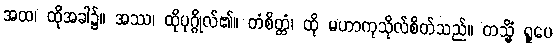
အထ၊ ထိုအခါ၌။ အဿ၊ ထိုပုဂ္ဂိုလ်၏။ တံစိတ္တံ၊ ထို မဟာကုသိုလ်စိတ်သည်။ တသ္မိံ ရူပေ